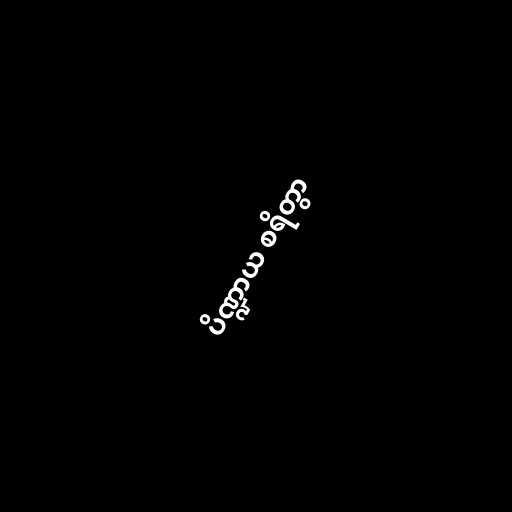
ပိဏ္ဍာယ စရိတွာ